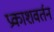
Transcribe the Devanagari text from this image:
प्रकाशवर्तन